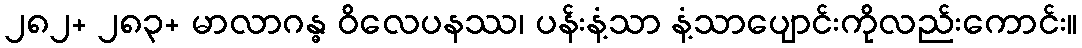
၂၈၂+ ၂၈၃+ မာလာဂန္ဓ ဝိလေပနဿ၊ ပန်းနံ့သာ နံ့သာပျောင်းကိုလည်းကောင်း။